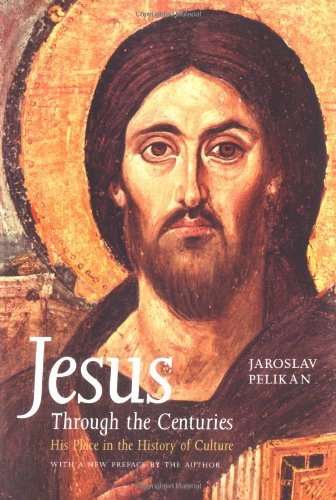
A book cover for Jesus Through the Centuries: His Place in the History of Culture; Jaroslav Pelikan; Christian Books & Bibles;